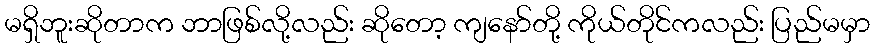
မရှိဘူးဆိုတာက ဘာဖြစ်လို့လည်း ဆိုတော့ ကျနော်တို့ ကိုယ်တိုင်ကလည်း ပြည်မမှာ